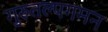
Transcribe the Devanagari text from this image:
गुरुतल्पगमन